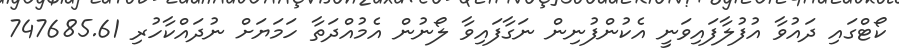
ކޯޓްގައި ދައުވާ އުފުލާފައިވަނީ އެކުންފުނިން ނަގާފައިވާ ލޯނުން އެމުއްދަތާ ހަމަޔަށް ނުދައްކާހުރި 747685.61